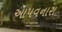
આપવનારા